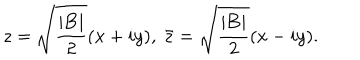
z = \sqrt { { \frac { | \mathrm { \bf B } | } { 2 } } } ( x + i y ) , ~ \bar { z } = \sqrt { { \frac { | \mathrm { \bf B } | } { 2 } } } ( x - i y ) .